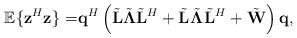
LaTeX: \begin{align*}\mathbb{E}\{\mathbf{z}^{H}_{}\mathbf{z}_{}\}=&\mathbf{q}^{H}\left(\tilde{\mathbf{L}}\tilde{\boldsymbol\Lambda}\tilde{\mathbf{L}}^{H}+\tilde{\mathbf{L}}_{}\tilde{\boldsymbol\Lambda}_{}\tilde{\mathbf{L}}_{}^{H}+\tilde{\mathbf{W}}\right)\mathbf{q},\end{align*}